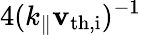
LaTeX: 4(k_{\parallel}\mathbf{v}_{\mathrm{{th,i}}})^{-1}